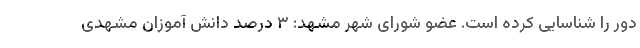
دور را شناسایی کرده است. عضو شورای شهر مشهد: ۳ درصد دانش آموزان مشهدی